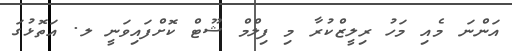
އަންނަ މެއި މަހު ރިލީޒްކުރާ މި ފިލްމް ޝޫޓް ކޮށްފައިވަނީ ލ. އަތޮޅުގަ